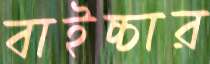
বাইচ্চার